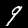
Digit: 9